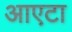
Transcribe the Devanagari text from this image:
आएटा